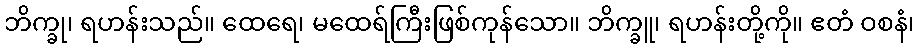
ဘိက္ခု၊ ရဟန်းသည်။ ထေရေ၊ မထေရ်ကြီးဖြစ်ကုန်သော။ ဘိက္ခူ၊ ရဟန်းတို့ကို။ ဧတံ ဝစနံ၊